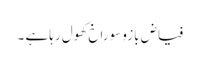
فیاض بازو سوراخ کھول رہا ہے ۔